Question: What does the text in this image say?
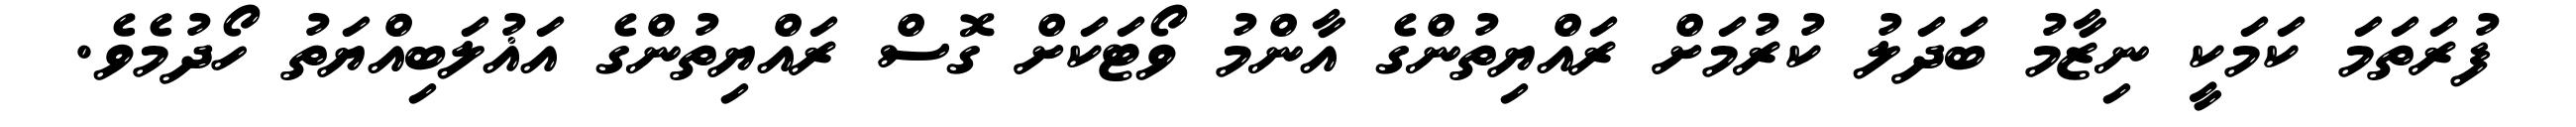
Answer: ފުރަތަމަ ކަމަކީ ނިޒާމު ބަދަލު ކުރުމަށް ރައްޔިތުންގެ އާންމު ވޯޓަކަށް ގޮސް ރައްޔިތުންގެ އަޣުލަބިއްޔަތު ހޯދުމެވެ.